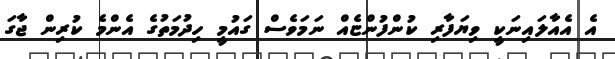
އެ އެއާލައިނަކީ ވިޔަފާރި ކުންފުންޏެއް ނަމަވެސް ގައުމީ ހިދުމަތުގެ އެންމެ ކުރިން ޖާގަ